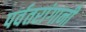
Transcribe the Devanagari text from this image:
पर्वतरांगानी